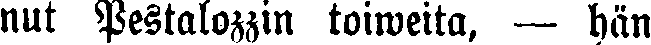
nut Pestalozzin toiweita. — hän